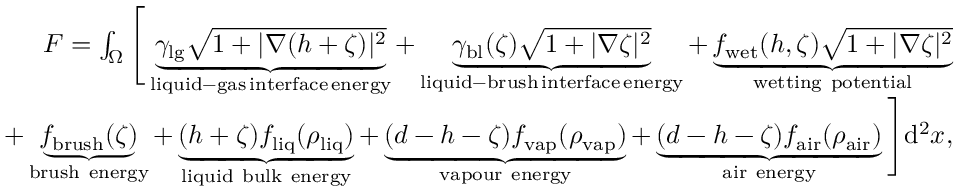
\begin{array} { r } { F = \int _ { \Omega } \Bigg [ \underbrace { \gamma _ { \mathrm { l g } } { \sqrt { 1 + | \nabla ( h + \zeta ) | ^ { 2 } } } } _ { \mathrm { l i q u i d - g a s \, i n t e r f a c e \, e n e r g y } } + \underbrace { \gamma _ { \mathrm { b l } } ( \zeta ) \sqrt { 1 + | \nabla \zeta | ^ { 2 } } } _ { \mathrm { l i q u i d - b r u s h \, i n t e r f a c e \, e n e r g y } } + \underbrace { f _ { \mathrm { w e t } } ( h , \zeta ) \sqrt { 1 + | \nabla \zeta | ^ { 2 } } } _ { \mathrm { w e t t i n g ~ p o t e n t i a l } } } \\ { + \underbrace { f _ { \mathrm { b r u s h } } ( \zeta ) } _ { \mathrm { b r u s h ~ e n e r g y } } + \underbrace { ( h + \zeta ) f _ { \mathrm { l i q } } ( \rho _ { \mathrm { l i q } } ) } _ { \mathrm { l i q u i d ~ b u l k ~ e n e r g y } } + \underbrace { ( d - h - \zeta ) f _ { \mathrm { v a p } } ( \rho _ { \mathrm { v a p } } ) } _ { \mathrm { v a p o u r ~ e n e r g y } } + \underbrace { ( d - h - \zeta ) f _ { \mathrm { a i r } } ( \rho _ { \mathrm { a i r } } ) } _ { \mathrm { a i r ~ e n e r g y } } \Bigg ] \mathrm { d } ^ { 2 } x , } \end{array}